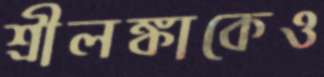
শ্রীলঙ্কাকেও